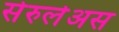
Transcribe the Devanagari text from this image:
सेरुलेअस